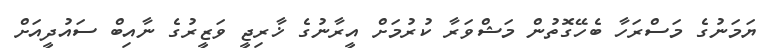
ޔަމަނުގެ މަސްރަހާ ބެހޭގޮތުން މަޝްވަރާ ކުރުމަށް އީރާނުގެ ޚާރިޖީ ވަޒީރުގެ ނާއިބް ސައުދީއަށް